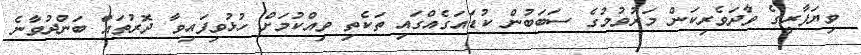
ވިޔަފާރީގެ ވާދަވެރިކަން މަރުވުމުގެ ސަބަބުން ކުޑައަގެއްގައި ތަކެތި ވިއްކުމަށް ހުޅުވިފައިވާ ދޮރުތައް ބަންދުވާނެ